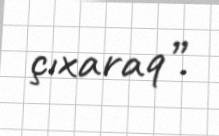
çıxaraq”.